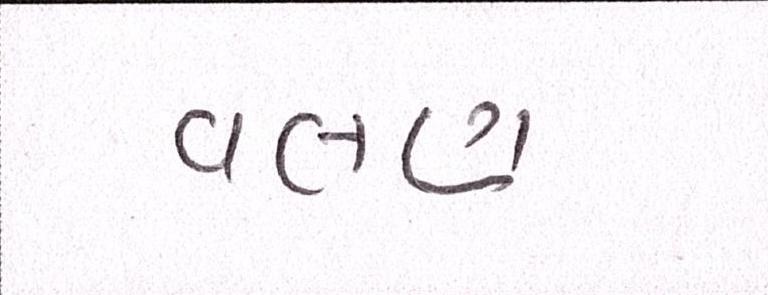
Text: વલણ